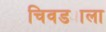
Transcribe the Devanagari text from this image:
चिवड्याला